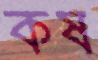
কষ